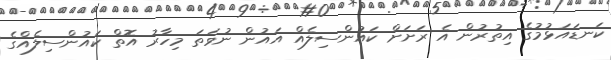
ކަނޑައަޅުމުގެ އިތުރުން އެ ރަށަށް ކައުންސިލެއް އައުން ނުވަތަ މިހާރު އޮތް ކައުންސިލެއްގެ